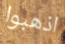
اذهبوا